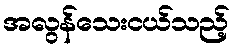
အလွန်သေးငယ်သည့်